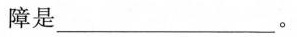
障是___